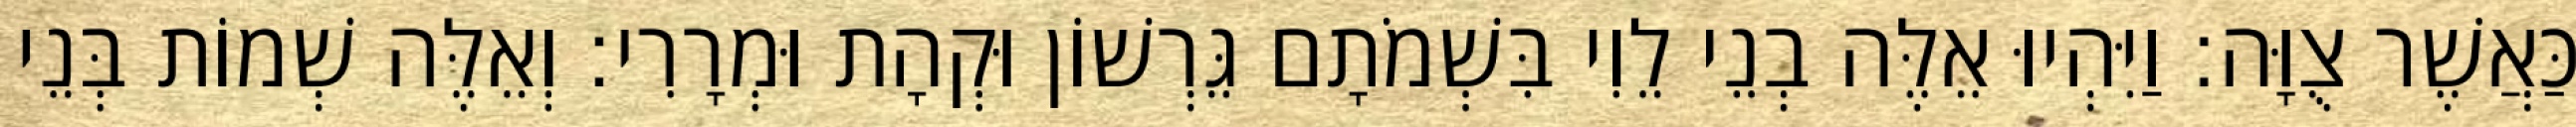
כַּאֲשֶׁר צֻוָּה׃ וַיִּהְיוּ אֵלֶּה בְנֵי לֵוִי בִּשְׁמֹתָם גֵּרְשׁוֹן וּקְהָת וּמְרָרִי׃ וְאֵלֶּה שְׁמוֹת בְּנֵי